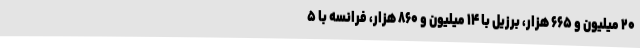
۲۰ میلیون و ۶۶۵ هزار، برزیل با ۱۴ میلیون و ۸۶۰ هزار، فرانسه با ۵